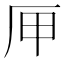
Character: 㕅